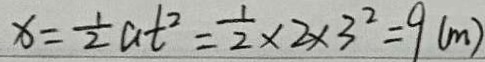
x = \frac { 1 } { 2 } a t ^ { 2 } = \frac { 1 } { 2 } \times 2 \times 3 ^ { 2 } = 9 ( m )